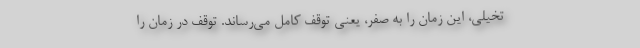
تخیلی، این زمان را به صفر، یعنی توقف کامل می‌رساند. توقف در زمان را